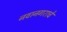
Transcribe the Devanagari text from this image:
नवानगराचे